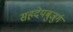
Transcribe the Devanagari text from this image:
सहदेयबुजुर्ग